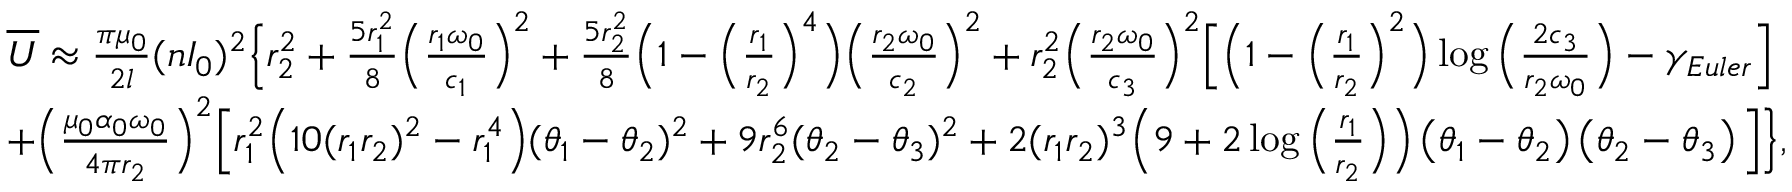
\begin{array} { r l } & { \overline { { U } } \approx \frac { \pi \mu _ { 0 } } { 2 l } ( n I _ { 0 } ) ^ { 2 } \Big \{ r _ { 2 } ^ { 2 } + \frac { 5 r _ { 1 } ^ { 2 } } { 8 } \Big ( \frac { r _ { 1 } \omega _ { 0 } } { c _ { 1 } } \Big ) ^ { 2 } + \frac { 5 r _ { 2 } ^ { 2 } } { 8 } \Big ( 1 - \Big ( \frac { r _ { 1 } } { r _ { 2 } } \Big ) ^ { 4 } \Big ) \Big ( \frac { r _ { 2 } \omega _ { 0 } } { c _ { 2 } } \Big ) ^ { 2 } + r _ { 2 } ^ { 2 } \Big ( \frac { r _ { 2 } \omega _ { 0 } } { c _ { 3 } } \Big ) ^ { 2 } \Big [ \Big ( 1 - \Big ( \frac { r _ { 1 } } { r _ { 2 } } \Big ) ^ { 2 } \Big ) \log \Big ( \frac { 2 c _ { 3 } } { r _ { 2 } \omega _ { 0 } } \Big ) - \gamma _ { E u l e r } \Big ] } \\ & { + \Big ( \frac { \mu _ { 0 } \alpha _ { 0 } \omega _ { 0 } } { 4 \pi r _ { 2 } } \Big ) ^ { 2 } \Big [ r _ { 1 } ^ { 2 } \Big ( 1 0 ( r _ { 1 } r _ { 2 } ) ^ { 2 } - r _ { 1 } ^ { 4 } \Big ) ( \theta _ { 1 } - \theta _ { 2 } ) ^ { 2 } + 9 r _ { 2 } ^ { 6 } ( \theta _ { 2 } - \theta _ { 3 } ) ^ { 2 } + 2 ( r _ { 1 } r _ { 2 } ) ^ { 3 } \Big ( 9 + 2 \log \Big ( \frac { r _ { 1 } } { r _ { 2 } } \Big ) \Big ) \left( \theta _ { 1 } - \theta _ { 2 } \right) \left( \theta _ { 2 } - \theta _ { 3 } \right) \Big ] \Big \} , } \end{array}